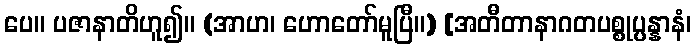
ပေ။ ပဇာနာတိဟူ၍။ (အာဟ၊ ဟောတော်မူပြီ။) [အတီတာနာဂတပစ္စုပ္ပန္နာနံ၊